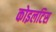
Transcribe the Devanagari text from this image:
कोइलटिस